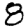
Digit: 8